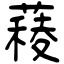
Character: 薐